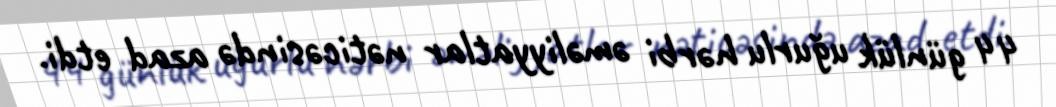
44 günlük uğurlu hərbi əməliyyatlar nəticəsində azad etdi.